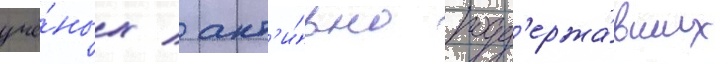
учё́ных / акт'и́вно подд'ержа́вших